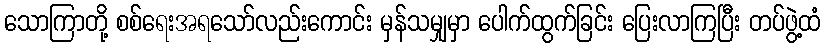
သောကြာတို့ စစ်ရေးအရသော်လည်းကောင်း မှန်သမျှမှာ ပေါက်ထွက်ခြင်း ပြေးလာကြပြီး တပ်ဖွဲ့ထံ